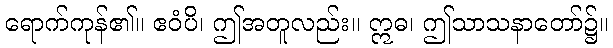
ရောက်ကုန်၏။ ဧဝံပိ၊ ဤအတူလည်း။ ဣဓ၊ ဤသာသနာတော်၌။